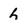
Character: h